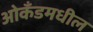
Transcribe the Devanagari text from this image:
ओकॅंडमधील